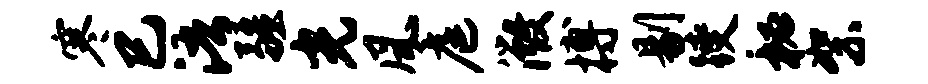
寒巳浯疆光风庭微搏剔躞秘絮